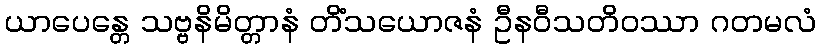
ယာပေန္တေ သဗ္ဗနိမိတ္တာနံ တိံသယောဇနံ ဦနဝီသတိဝဿာ ဂတမလံ